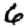
Digit: 6